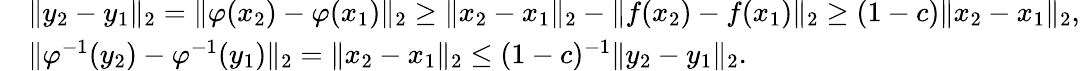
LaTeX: \begin{array}{rl}&{\| y_{2}-y_{1}\| _{2}=\| \varphi(x_{2})-\varphi(x_{1})\| _{2}\geq\| x_{2}-x_{1}\| _{2}-\| f(x_{2})-f(x_{1})\| _{2}\geq(1-c)\| x_{2}-x_{1}\| _{2},}\\ &{\| \varphi^{-1}(y_{2})-\varphi^{-1}(y_{1})\| _{2}=\| x_{2}-x_{1}\| _{2}\leq(1-c)^{-1}\| y_{2}-y_{1}\| _{2}.}\end{array}